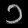
Digit: ၁